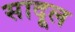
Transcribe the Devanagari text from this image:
सादूल